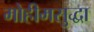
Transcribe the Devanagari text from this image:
मोहीमसुद्धा